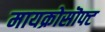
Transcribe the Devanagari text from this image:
मायक्रोसॊफ्ट